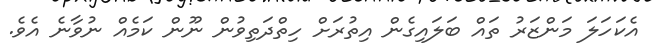
އެކަހަލަ މަންޒަރު ތައް ބަލައިގެން އިތުރަށް ހިތްދަތިވުން ނޫން ކަމެއް ނުވާނެ އެވެ.